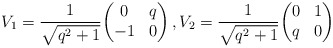
\begin{align*} V_1 = \frac{1}{\sqrt{q^2+1}} \biggl( \begin{matrix} 0 & q \\ -1 & 0 \end{matrix} \biggr) \,, V_2 = \frac{1}{\sqrt{q^2+1}} \biggl( \begin{matrix} 0 & 1 \\ q & 0 \end{matrix} \biggr) \end{align*}